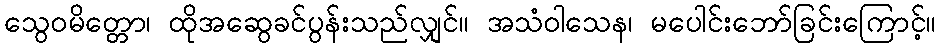
သွေဝမိတ္တော၊ ထိုအဆွေခင်ပွန်းသည်လျှင်။ အသံဝါသေန၊ မပေါင်းဘော်ခြင်းကြောင့်။